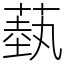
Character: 蓺